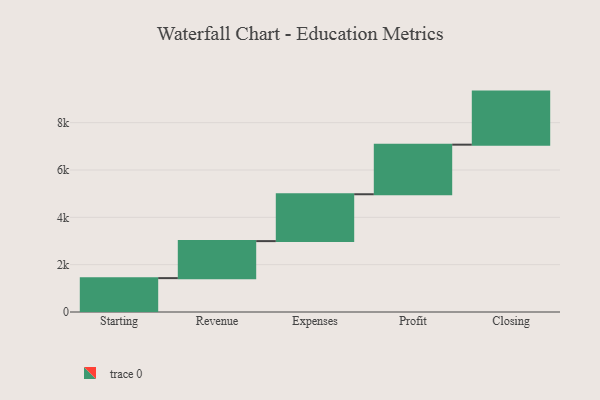
{"axis": {"x": "Step", "y": "Value"}, "legend": [""], "data": [{"x": "Starting", "y": 1431.0, "type": ""}, {"x": "Revenue", "y": 1564.0, "type": ""}, {"x": "Expenses", "y": 1980.0, "type": ""}, {"x": "Profit", "y": 2095.0, "type": ""}, {"x": "Closing", "y": 2242.0, "type": ""}]}